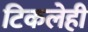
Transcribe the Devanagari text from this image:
टिकलेही